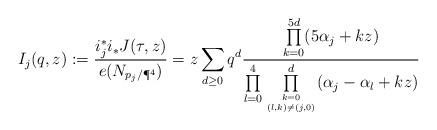
LaTeX: \begin{align*}I_j(q,z):=\frac{i_j^*i_*J(\tau,z)}{e(N_{p_j/\P^4})}=z\sum_{d\geq 0}q^d\frac{\prod\limits_{k=0}^{5d}(5\alpha_j+kz)}{\prod\limits_{l=0}^4\prod\limits_{k=0 \atop (l,k)\neq (j,0)}^d(\alpha_j-\alpha_l+kz)}\end{align*}